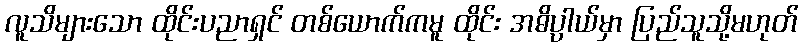
လူသိများသော ထိုင်းပညာရှင် တစ်ယောက်ကမူ ထိုင်း အဓိပ္ပာယ်မှာ ပြည်သူသို့မဟုတ်